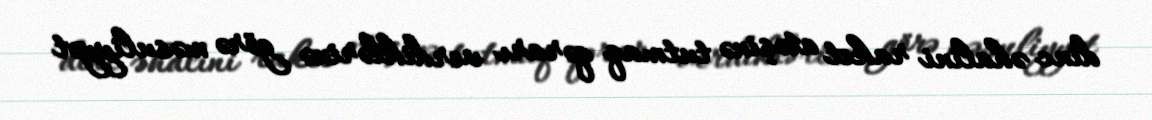
dinc əhalini raket atəşinə tutmaq qərarı verdiklərinə görə məsuliyyət